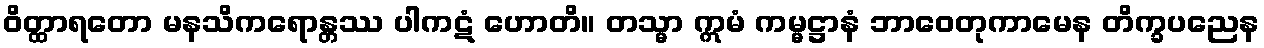
ဝိတ္ထာရတော မနသိကရောန္တဿ ပါကဋံ ဟောတိ။ တသ္မာ ဣမံ ကမ္မဋ္ဌာနံ ဘာဝေတုကာမေန တိက္ခပညေန